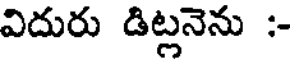
విదురు డిట్లనెను :-